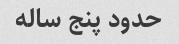
حدود پنج ساله